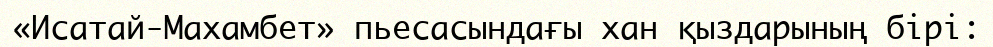
«Исатай-Махамбет» пьесасындағы хан қыздарының бірі: